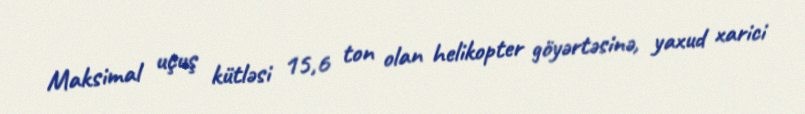
Maksimal uçuş kütləsi 15,6 ton olan helikopter göyərtəsinə, yaxud xarici